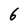
Character: 6